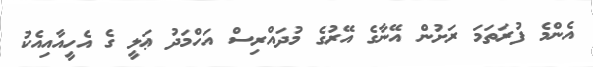
އެންމެ ފުރަތަމަ ރަށުން އޭނާގެ އޭރުގެ މުދައްރިސް އަހްމަދު ޢަލީ ގެ އެހީއާއިއެކު